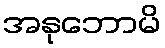
အနုဘောမိ